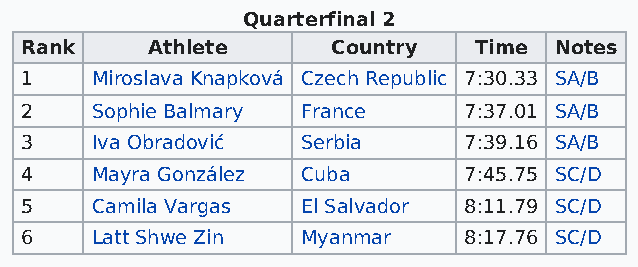
Quarterfinal 2
 Rank     Athlete     Country  Time  Notes
 1    Miroslava Knapková Czech Republic 7:30.33 SA/B
 2    Sophie Balmary France    7:37.01 SA/B
 3    Iva Obradović Serbia     7:39.16 SA/B
 4    Mayra González Cuba      7:45.75 SC/D
 5    Camila Vargas El Salvador 8:11.79 SC/D
 6    Latt Shwe Zin Myanmar    8:17.76 SC/D